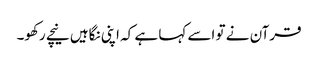
قرآن نے تو اسے کہا ہے کہ اپنی نگاہیں نیچے رکھو۔